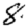
Digit: 8